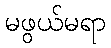
မဖွယ်မရာ